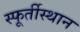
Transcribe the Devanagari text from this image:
स्फूर्तीस्थान